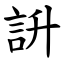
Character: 䛂